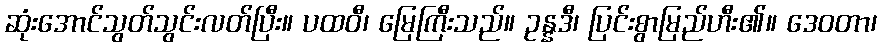
ဆုံးအောင်သွတ်သွင်းလတ်ပြီး။ ပထဝီ၊ မြေကြီးသည်။ ဥန္နဒီ၊ ပြင်းစွာမြည်ဟီး၏။ ဒေဝတာ၊